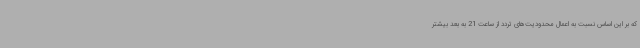
که بر این اساس نسبت به اعمال محدودیت‌های تردد از ساعت 21 به بعد بیشتر